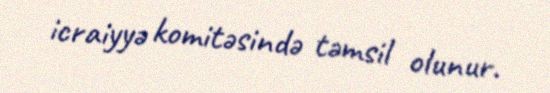
icraiyyə komitəsində təmsil olunur.